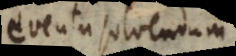
eventu solvendum